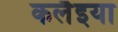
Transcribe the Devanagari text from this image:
कलैइया